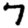
Digit: 7